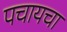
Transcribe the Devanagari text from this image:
पचायचा